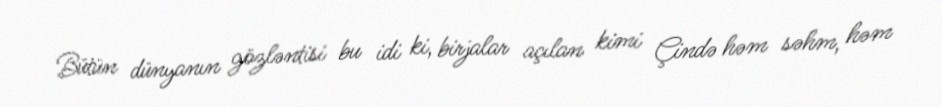
Bütün dünyanın gözləntisi bu idi ki, birjalar açılan kimi Çində həm səhm, həm